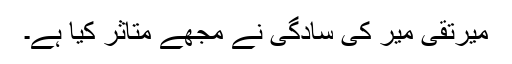
میرتقی میر کی سادگی نے مجھے متاثر کیا ہے۔